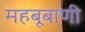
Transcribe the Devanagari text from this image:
महबूबाणी